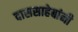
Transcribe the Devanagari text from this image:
दाससाहेबांनी